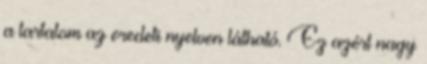
a tartalom az eredeti nyelven látható. Ez azért nagy